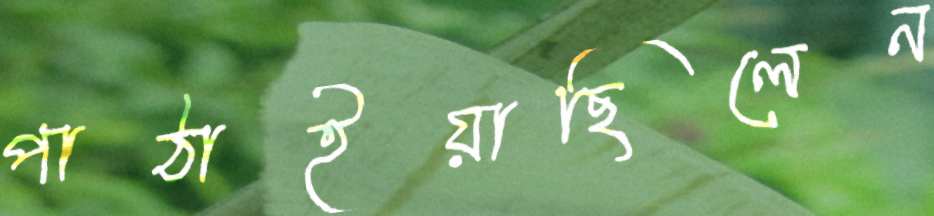
পাঠাইয়াছিলেন